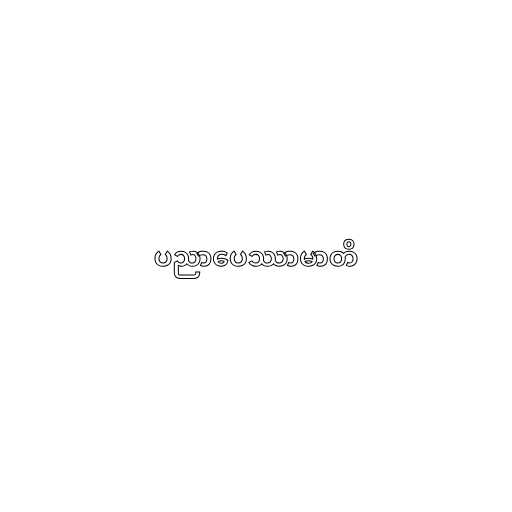
ပညာပေဿာမာတိ